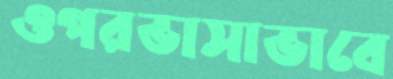
ওপরভাসাভাবে